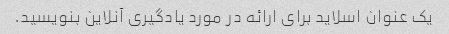
یک عنوان اسلاید برای ارائه در مورد یادگیری آنلاین بنویسید.